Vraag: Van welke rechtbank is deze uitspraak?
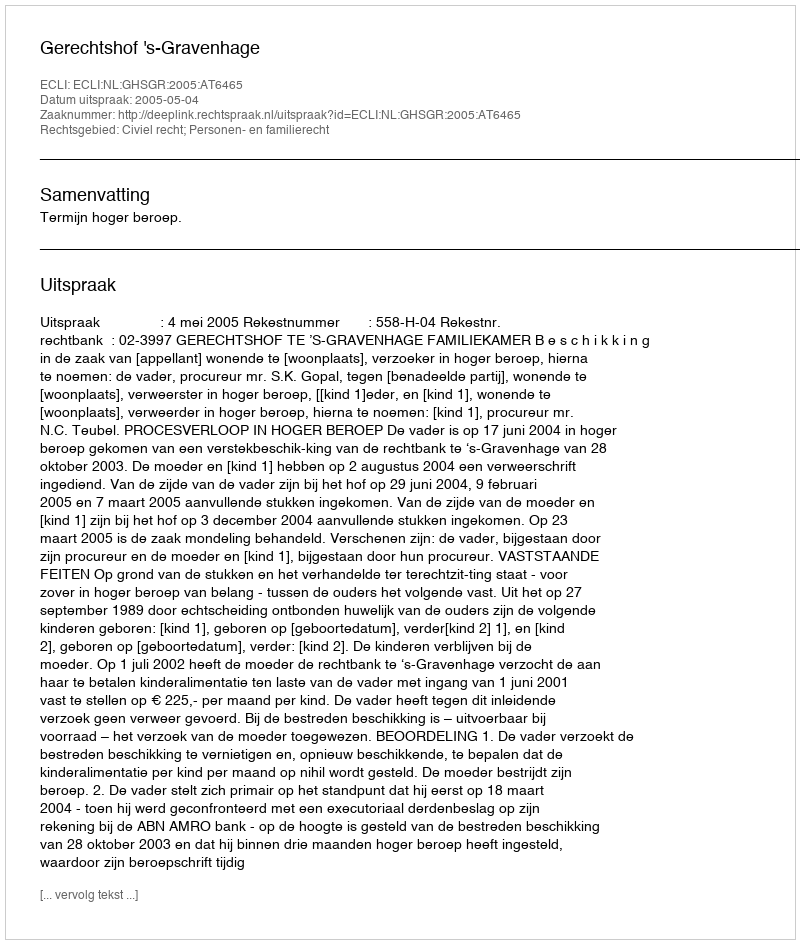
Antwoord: Gerechtshof 's-Gravenhage